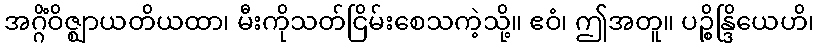
အဂ္ဂိံဝိဇ္ဈာယတိယထာ၊ မီးကိုသတ်ငြိမ်းစေသကဲ့သို့။ ဧဝံ၊ ဤအတူ။ ပဉ္စိန္ဒြိယေဟိ၊